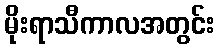
မိုးရာသီကာလအတွင်း